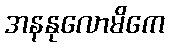
အနနုလောမိကေ